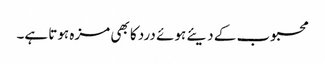
محبوب کے دیئے ہوئے درد کا بھی مزہ ہوتا ہے۔